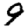
Digit: 9